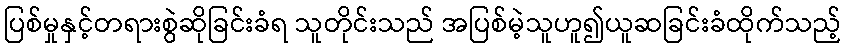
ပြစ်မှုနှင့်တရားစွဲဆိုခြင်းခံရ သူတိုင်းသည် အပြစ်မဲ့သူဟူ၍ယူဆခြင်းခံထိုက်သည့်